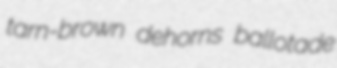
tarn-brown dehorns ballotade